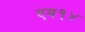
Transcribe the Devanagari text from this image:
एम१४